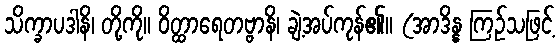
သိက္ခာပဒါနိ၊ တို့ကို။ ဝိတ္ထာရေတဗ္ဗာနိ၊ ချဲ့အပ်ကုန်၏။ (အာဒိန္န ကြဉ်သဖြင့်